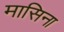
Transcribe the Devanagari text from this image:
मासिना